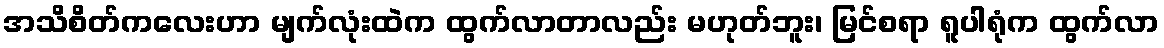
အသိစိတ်ကလေးဟာ မျက်လုံးထဲက ထွက်လာတာလည်း မဟုတ်ဘူး၊ မြင်စရာ ရူပါရုံက ထွက်လာ